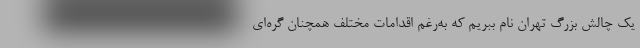
یک چالش بزرگ تهران نام ببریم که به‌رغم اقدامات مختلف همچنان گره‌ای